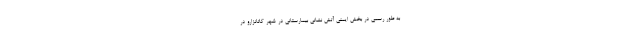
به طور رسمی در بخش ایمنی آتش نشانی بیمارستانی در شهر کاتانزارو در